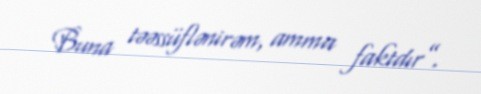
Buna təəssüflənirəm, amma faktdır”.